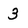
Character: 3